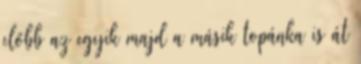
előbb az egyik majd a másik topánka is át